Report on the nature of kala-azar
Disease focus: Kala-Azar
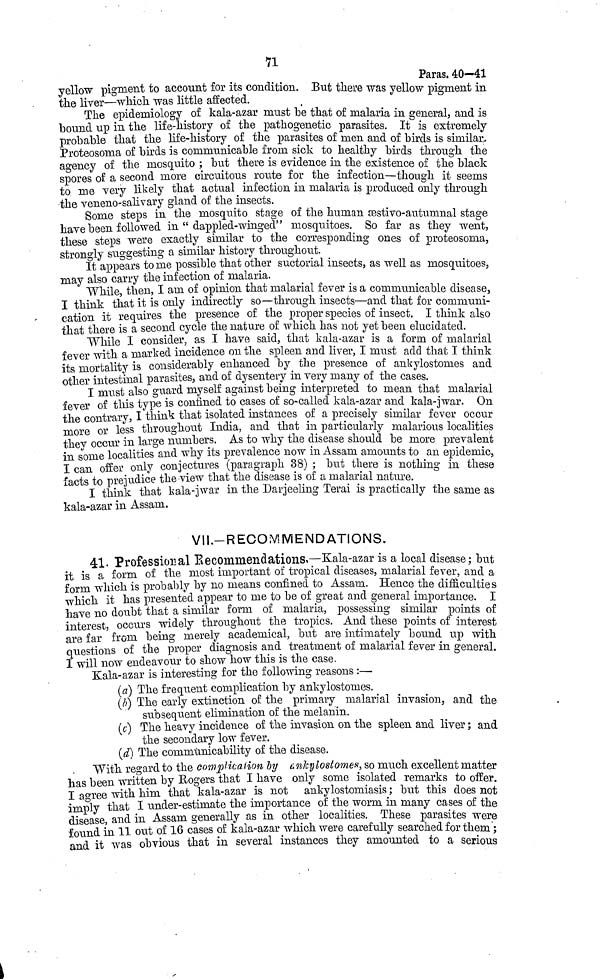
71
Paras. 40—41
\ill\ellow pigment to account for its condition. But there was yellow pigment in
he liver—which was little affected.
The epidemiology of kala-azar must be that of malaria in general, and is
\ill\ound up in the life-history of the pathogenetic parasites. It is extremely
probable that the life-history of the parasites of men and of birds is similar.
Proteosoma of birds is communicable from sick to healthy birds through the
agency of the mosquito ; but there is evidence in the existence of the black
pores of a second more circuitous route for the infection—though it seems
\ill\ me very likely that actual infection in malaria is produced only through
he veneno-salivary gland of the insects.
Some steps in the mosquito stage of the human æstivo-autumnal stage
have been followed in " dappled-winged" mosquitoes. So far as they went,
these steps were exactly similar to the corresponding ones of proteosoma,
\ill\trongly suggesting a similar history throughout.
It appears to me possible that other suctorial insects, as well as mosquitoes,
may also carry the infection of malaria.
While then, I am of opinion that malarial fever is a communicable disease,
[ think that it is only indirectly so—through insects—and that for communi-
cation it requires the presence of the proper species of insect. I think also
that there is a second cycle the nature of which has not yet been elucidated.
While I consider, as I have said, that kala-azar is a form of malarial
fever with a marked incidence on the spleen and liver, I must add that I think
its mortality is considerably enhanced by the presence of ankylostomes and
other intestinal parasites, and of dysentery in very many of the cases.
I must also guard myself against being interpreted to mean that malarial
fever of this type is confined to cases of so-called kala-azar and kala-jwar. On
the contrary, I think that isolated instances of a precisely similar fever occur
more or less throughout India, and that in particularly malarious localities
they occur in large numbers. As to why the disease should be more prevalent
in some localities and why its prevalence now in Assam amounts to an epidemic,
I can offer only conjectures (paragraph 38) ; but there is nothing in these
facts to prejudice the view that the disease is of a malarial nature.
I think that kala-jwar in the Darjeeling Terai is practically the same as
kala-azar in Assam.
VII.-RECOMMENDATIONS.
41. Professional Recommendations.—Kala-azar is a local disease ; but
it is a form of the most important of tropical diseases, malarial fever, and a
form which is probably by no means confined to Assam. Hence the difficulties
which it has presented appear to me to be of great and general importance. I
have no doubt that a similar form of malaria, possessing similar points of
interest, occurs widely throughout the tropics. And these points of interest
are far from being merely academical, but are intimately bound up with
questions of the proper diagnosis and treatment of malarial fever in general.
I will now endeavour to show how this is the case.
Kala-azar is interesting for the following reasons :—
(a) The frequent complication by ankylostomes.
(b) The early extinction of the primary malarial invasion, and the
subsequent elimination of the melanin.
(c) The heavy incidence of the invasion on the spleen and liver ; and
the secondary low fever.
(d) The communicability of the disease.
With regard to the complication by ankylostomes, so much excellent matter
has been written by Rogers that I have only some isolated remarks to offer.
I agree with him that kala-azar is not ankylostomiasis ; but this does not
imply that I under-estimate the importance of the worm in many cases of the
disease and in Assam generally as in other localities. These parasites were
found in 11 out of 16 cases of kala-azar which were carefully searched for them ;
and it was obvious that in several instances they amounted to a serious